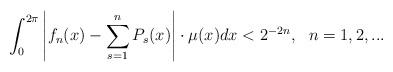
LaTeX: \begin{align*}\int_0^{2\pi} \left| f_n(x)-\sum_{s=1}^n P_s(x) \right|\cdot \mu(x) dx< 2^{-2n},\ \ n=1,2,...\end{align*}